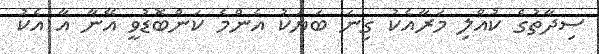
ސިދާތުގެ ކުއްލި މަރާއެކު ގިނަ ބަޔަކު އެންމެ ކަންބޮޑުވީ އޭނާ އާ އެކު